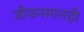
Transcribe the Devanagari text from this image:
जीवनमानही